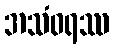
အသံဝရဿ